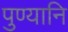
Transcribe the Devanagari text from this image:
पुण्यानि